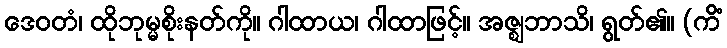
ဒေဝတံ၊ ထိုဘုမ္မစိုးနတ်ကို။ ဂါထာယ၊ ဂါထာဖြင့်။ အဇ္ဈဘာသိ၊ ရွတ်၏။ (ကိံ